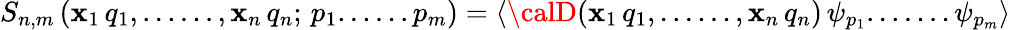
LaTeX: \left.S_{n,m}\, (\mathbf{x}_{1}\, q_{1},......,\mathbf{x}_{n}\, q_{n};\, p_{1}......p_{m})=\langle{\calD}(\mathbf{x}_{1}\, q_{1},......,\mathbf{x}_{n}\, q_{n})\, \psi_{p_{1}}.......\psi_{p_{m}}\rangle\right.